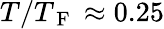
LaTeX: T/T_{\mathrm{~F~}}\approx 0.25